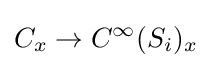
C_{x}\to C^{\infty }(S_{i})_{x}